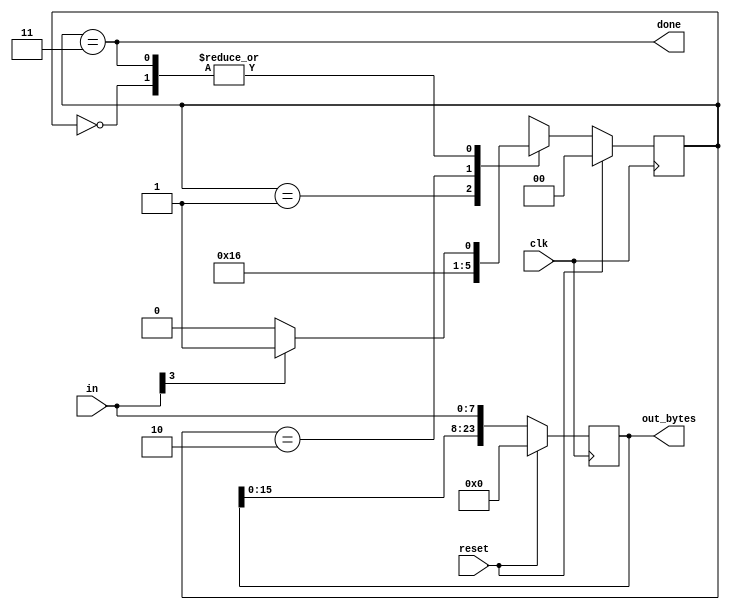
module top_module(
    input clk,
    input [7:0] in,
    input reset,    // Synchronous reset
    output [23:0] out_bytes,
    output done
); 
    parameter BYTE1=2'b00,
              BYTE2=2'b01,
              BYTE3=2'b10,
              DONE =2'b11;
    
    reg [1:0]curr_state, next_state;

    always@(posedge clk) begin
        if(reset) curr_state<=       BYTE1;
        else      curr_state<=  next_state;
    end 

    always @(*) begin
        case(curr_state)
        BYTE1: next_state= in[3]? BYTE2:BYTE1;
        BYTE2: next_state=              BYTE3;
        BYTE3: next_state=               DONE;
        DONE : next_state= in[3]? BYTE2:BYTE1;
        endcase
    end

    always@(posedge clk) begin
        if(reset) out_bytes<='h0;
        else      out_bytes<={out_bytes[15:0],in};// 좋은 알고리즘
    end

    assign done=(curr_state==DONE);
    
    


endmodule